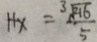
1 + x = \frac { 3 \sqrt { 2 1 6 } } { 5 }